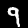
Digit: 9